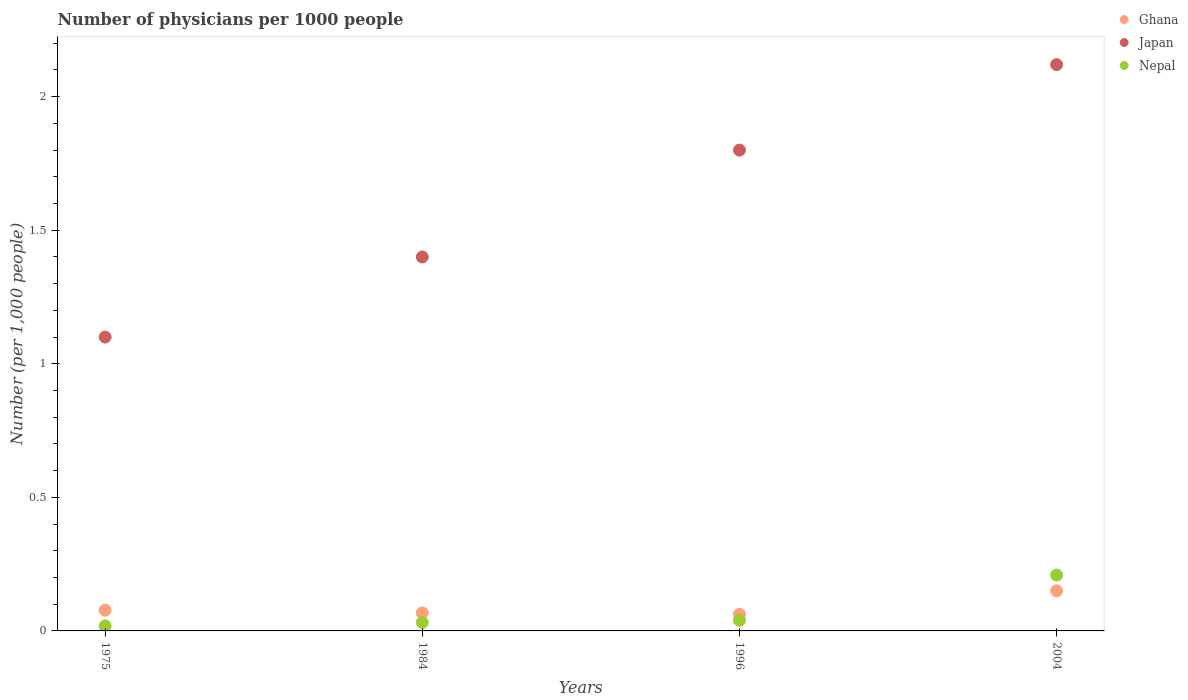
| Years | Ghana | Japan | Nepal |
 | --- | --- | --- | --- |
 | 1975 | 0.0775 | 1.1 | 0.019 |
 | 1984 | 0.0672 | 1.4 | 0.0314 |
 | 1996 | 0.062 | 1.8 | 0.04 |
 | 2004 | 0.15 | 2.12 | 0.209 |